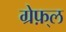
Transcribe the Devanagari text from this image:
ग्रेफ़्ल